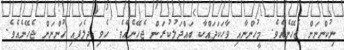
ނިކުންނަން ޖެހޭނެއެވެ. މީހުންނާއި ވާހަކަދައްކާ ބައްދަލުކުރަން ޖެހޭނެއެވެ. ހެވި ދިލެފައި ހުންނަން ޖެހޭނެއެވެ.